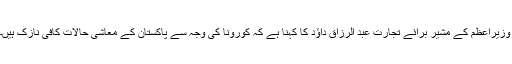
وزیراعظم کے مشیر برائے تجارت عبد الرزاق داؤد کا کہنا ہے کہ کورونا کی وجہ سے پاکستان کے معاشی حالات کافی نازک ہیں۔